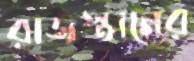
রাজস্তানের